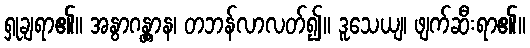
ရှုချရာ၏။ အနွာဂန္တွာန၊ တဘန်လာလတ်၍။ ဒူသေယျ၊ ဖျက်ဆီးရာ၏။